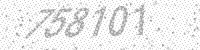
Solution: 758101